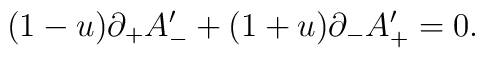
(1 - u) \partial_+ A'_- + (1 + u) \partial_- A'_+ = 0.